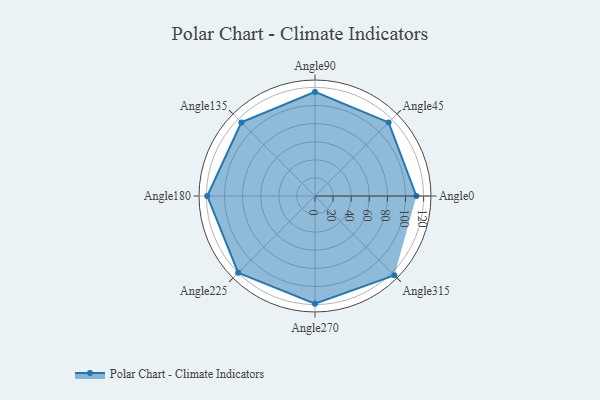
{"axis": {"x": "Angle", "y": "Radius"}, "legend": [""], "data": [{"x": "Angle0", "y": 112.0, "type": ""}, {"x": "Angle45", "y": 115.0, "type": ""}, {"x": "Angle90", "y": 115.0, "type": ""}, {"x": "Angle135", "y": 115.0, "type": ""}, {"x": "Angle180", "y": 119.0, "type": ""}, {"x": "Angle225", "y": 120.0, "type": ""}, {"x": "Angle270", "y": 119.0, "type": ""}, {"x": "Angle315", "y": 124.0, "type": ""}]}